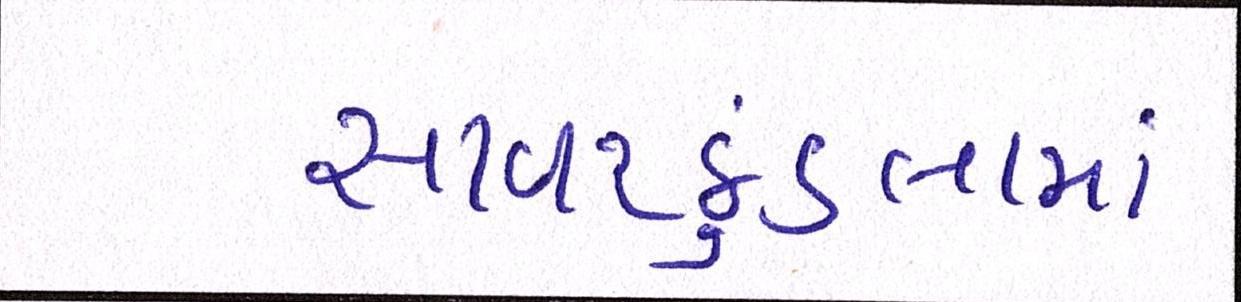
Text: સાવરકુંડલામાં